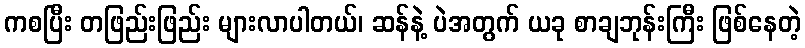
ကစပြီး တဖြည်းဖြည်း များလာပါတယ်၊ ဆန်နဲ့ ပဲအတွက် ယခု စာချဘုန်းကြီး ဖြစ်နေတဲ့